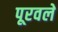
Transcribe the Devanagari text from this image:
पूरवले